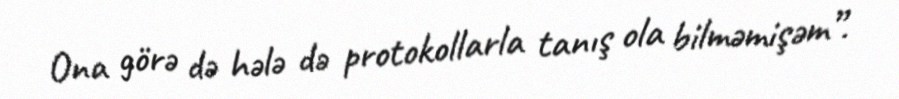
Ona görə də hələ də protokollarla tanış ola bilməmişəm”.